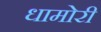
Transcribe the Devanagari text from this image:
धामोरी